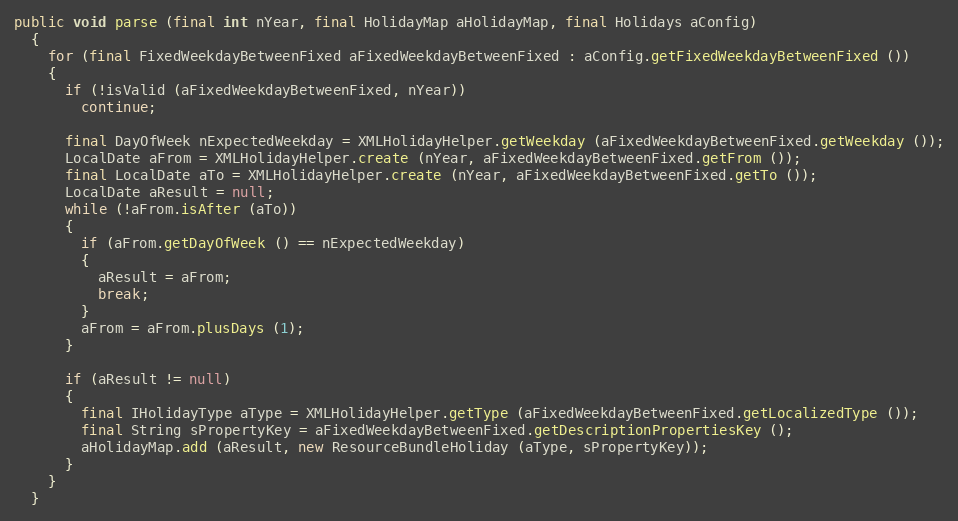
Language: Java
public void parse (final int nYear, final HolidayMap aHolidayMap, final Holidays aConfig)
  {
    for (final FixedWeekdayBetweenFixed aFixedWeekdayBetweenFixed : aConfig.getFixedWeekdayBetweenFixed ())
    {
      if (!isValid (aFixedWeekdayBetweenFixed, nYear))
        continue;

      final DayOfWeek nExpectedWeekday = XMLHolidayHelper.getWeekday (aFixedWeekdayBetweenFixed.getWeekday ());
      LocalDate aFrom = XMLHolidayHelper.create (nYear, aFixedWeekdayBetweenFixed.getFrom ());
      final LocalDate aTo = XMLHolidayHelper.create (nYear, aFixedWeekdayBetweenFixed.getTo ());
      LocalDate aResult = null;
      while (!aFrom.isAfter (aTo))
      {
        if (aFrom.getDayOfWeek () == nExpectedWeekday)
        {
          aResult = aFrom;
          break;
        }
        aFrom = aFrom.plusDays (1);
      }

      if (aResult != null)
      {
        final IHolidayType aType = XMLHolidayHelper.getType (aFixedWeekdayBetweenFixed.getLocalizedType ());
        final String sPropertyKey = aFixedWeekdayBetweenFixed.getDescriptionPropertiesKey ();
        aHolidayMap.add (aResult, new ResourceBundleHoliday (aType, sPropertyKey));
      }
    }
  }